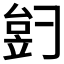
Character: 𬔠